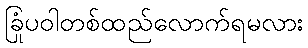
ခြုံပဝါတစ်ထည်လောက်ရမလား